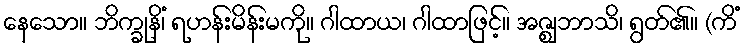
နေသော။ ဘိက္ခုနိံ၊ ရဟန်းမိန်းမကို။ ဂါထာယ၊ ဂါထာဖြင့်။ အဇ္ဈဘာသိ၊ ရွတ်၏။ (ကိံ